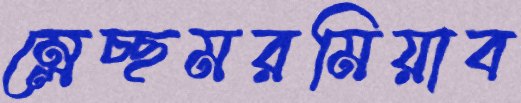
ম্লেচ্ছমরমিয়াব